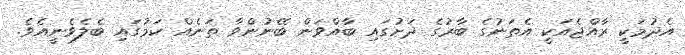
އެދުމަކީ ރާއްޖެއަކީ އެތަނުގެ ބާރުގެ ދަށުގައި ބާއްވަން ބޭނުންވާ ތަނެއް ކަމުގައި ބެލެވެނީއެވެ.